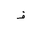
Letter: _fa